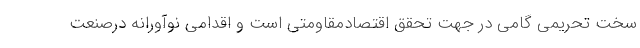
سخت تحریمی گامی در جهت تحقق اقتصادمقاومتی است و اقدامی نوآورانه درصنعت